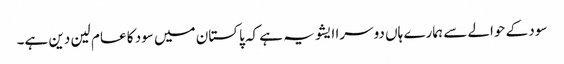
سود کے حوالے سے ہمارے ہاں دوسرا ایشو یہ ہے کہ پاکستان میں سود کا عام لین دین ہے۔